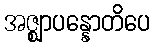
အဇ္ဈာပန္နောတိပေ